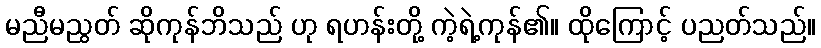
မညီမညွတ် ဆိုကုန်ဘိသည် ဟု ရဟန်းတို့ ကဲ့ရဲ့ကုန်၏။ ထိုကြောင့် ပညတ်သည်။